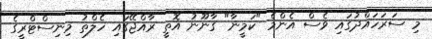
މި ސަރަހައްދުގައި ވެސް އެންމެ "ކަމީނާ" ގާނޫނު އޮތީ ރާއްޖޭގައި ހެލްތު މިނިސްޓްރީގެ